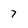
Character: 7